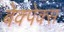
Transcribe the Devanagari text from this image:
बेक्पेक्स